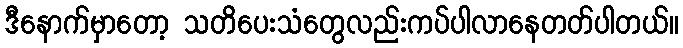
ဒီနောက်မှာတော့ သတိပေးသံတွေလည်းကပ်ပါလာနေတတ်ပါတယ်။